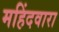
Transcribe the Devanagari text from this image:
महिंदवारा